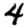
Digit: 4